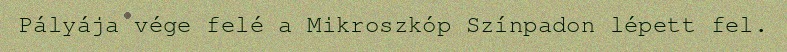
Pályája vége felé a Mikroszkóp Színpadon lépett fel.